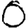
Digit: 0